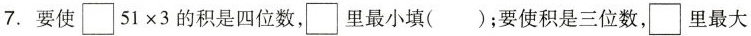
7.要使$$\square51×3$$的积是四位数，\square里最小填( )；要使积是三位数，\square里最大